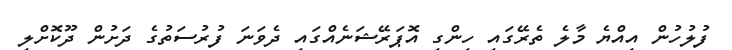
ފުލުހުން އިއްޔެ މާލެ ތެރޭގައި ހިންގި އޮޕަރޭޝަނެއްގައި ދެވަނަ ފުރުސަތުގެ ދަށުން ދޫކޮށްލި